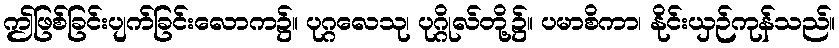
ဤဖြစ်ခြင်းပျက်ခြင်းလောက၌။ ပုဂ္ဂလေသု၊ ပုဂ္ဂိုလ်တို့၌။ ပမာစိကာ၊ နိုင်းယှဉ်ကုန်သည်။